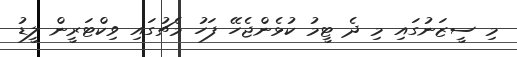
މި ސީޒަނުގައި މި ދެ ޓީމު ކުޅެންޖެހޭ ފަހު މެޗުގައި ވިކްޓަރީން ލީޑު